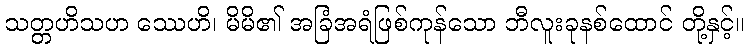
သတ္တဟိသဟ ဿေဟိ၊ မိမိ၏ အခြံအရံဖြစ်ကုန်သော ဘီလူးခုနစ်ထောင် တို့နှင့်။